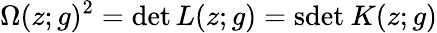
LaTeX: \Omega(z;g)^{2}=\operatorname*{det}L(z;g)=\mathrm{sdet}\: K(z;g)